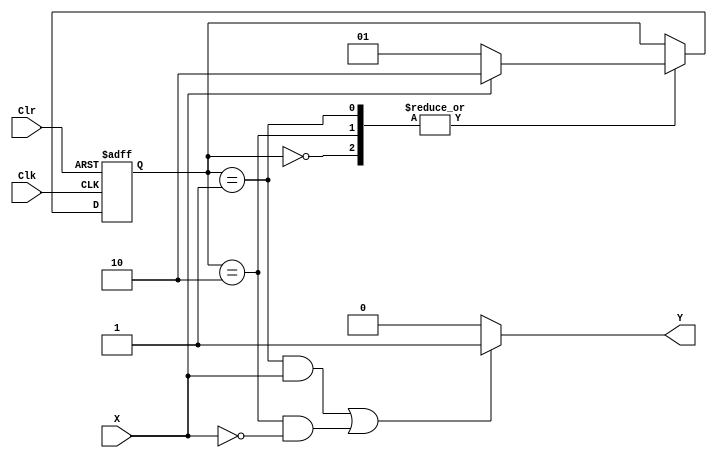
module Test2(Y,X,Clk,Clr);
input X,Clk,Clr;
output reg Y;
localparam [1:0]
s0=0,s1=1,s2=2;
reg [1:0] State;

always@(posedge Clk or posedge Clr)
if(Clr)
State <= s0;
else
begin
case(State)
s0:
begin
if(X == 1'b0)
	State <= s1;
else
	State <= s2;
end

s1:
begin
if(X == 1'b0)
	State <= s1;
else
	State <= s2;
end

s2:
begin
if(X == 1'b0)
	State <= s1;
else
	State <= s2;
end

endcase

end

always@(*)
if((State == s1 && X == 1'b1) || (State == s2 && X == 1'b0))
Y <= 1'b1;
else
Y <= 1'b0;

endmodule